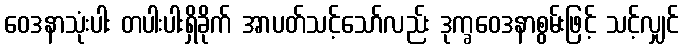
ဝေဒနာသုံးပါး တပါးပါးရှိခိုက် အာပတ်သင့်သော်လည်း ဒုက္ခဝေဒနာစွမ်းဖြင့် သင့်လျှင်